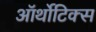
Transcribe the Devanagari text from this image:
ऑर्थोटिक्स